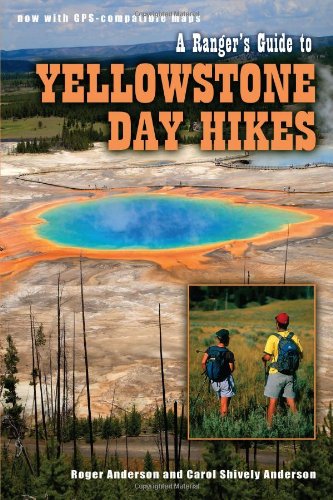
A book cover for A Ranger's Guide to Yellowstone Day Hikes; Roger Anderson; Travel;